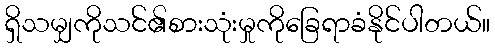
ရှိသမျှကိုသင်၏စားသုံးမှုကိုခြေရာခံနိုင်ပါတယ်။